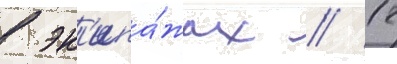
в эк'ипа́жах // 12